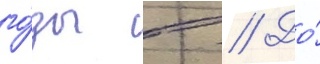
го́ды в // До́